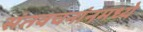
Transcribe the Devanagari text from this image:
संतवचनांनमध्ये